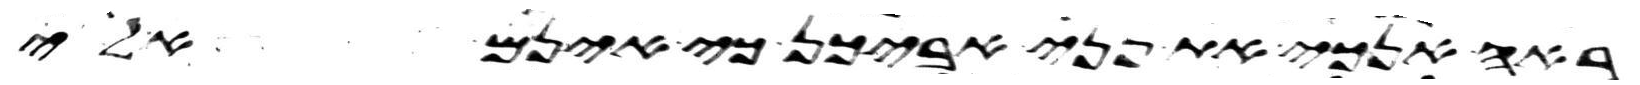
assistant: ראה אנכי את פני אביכן כי אינם אלי